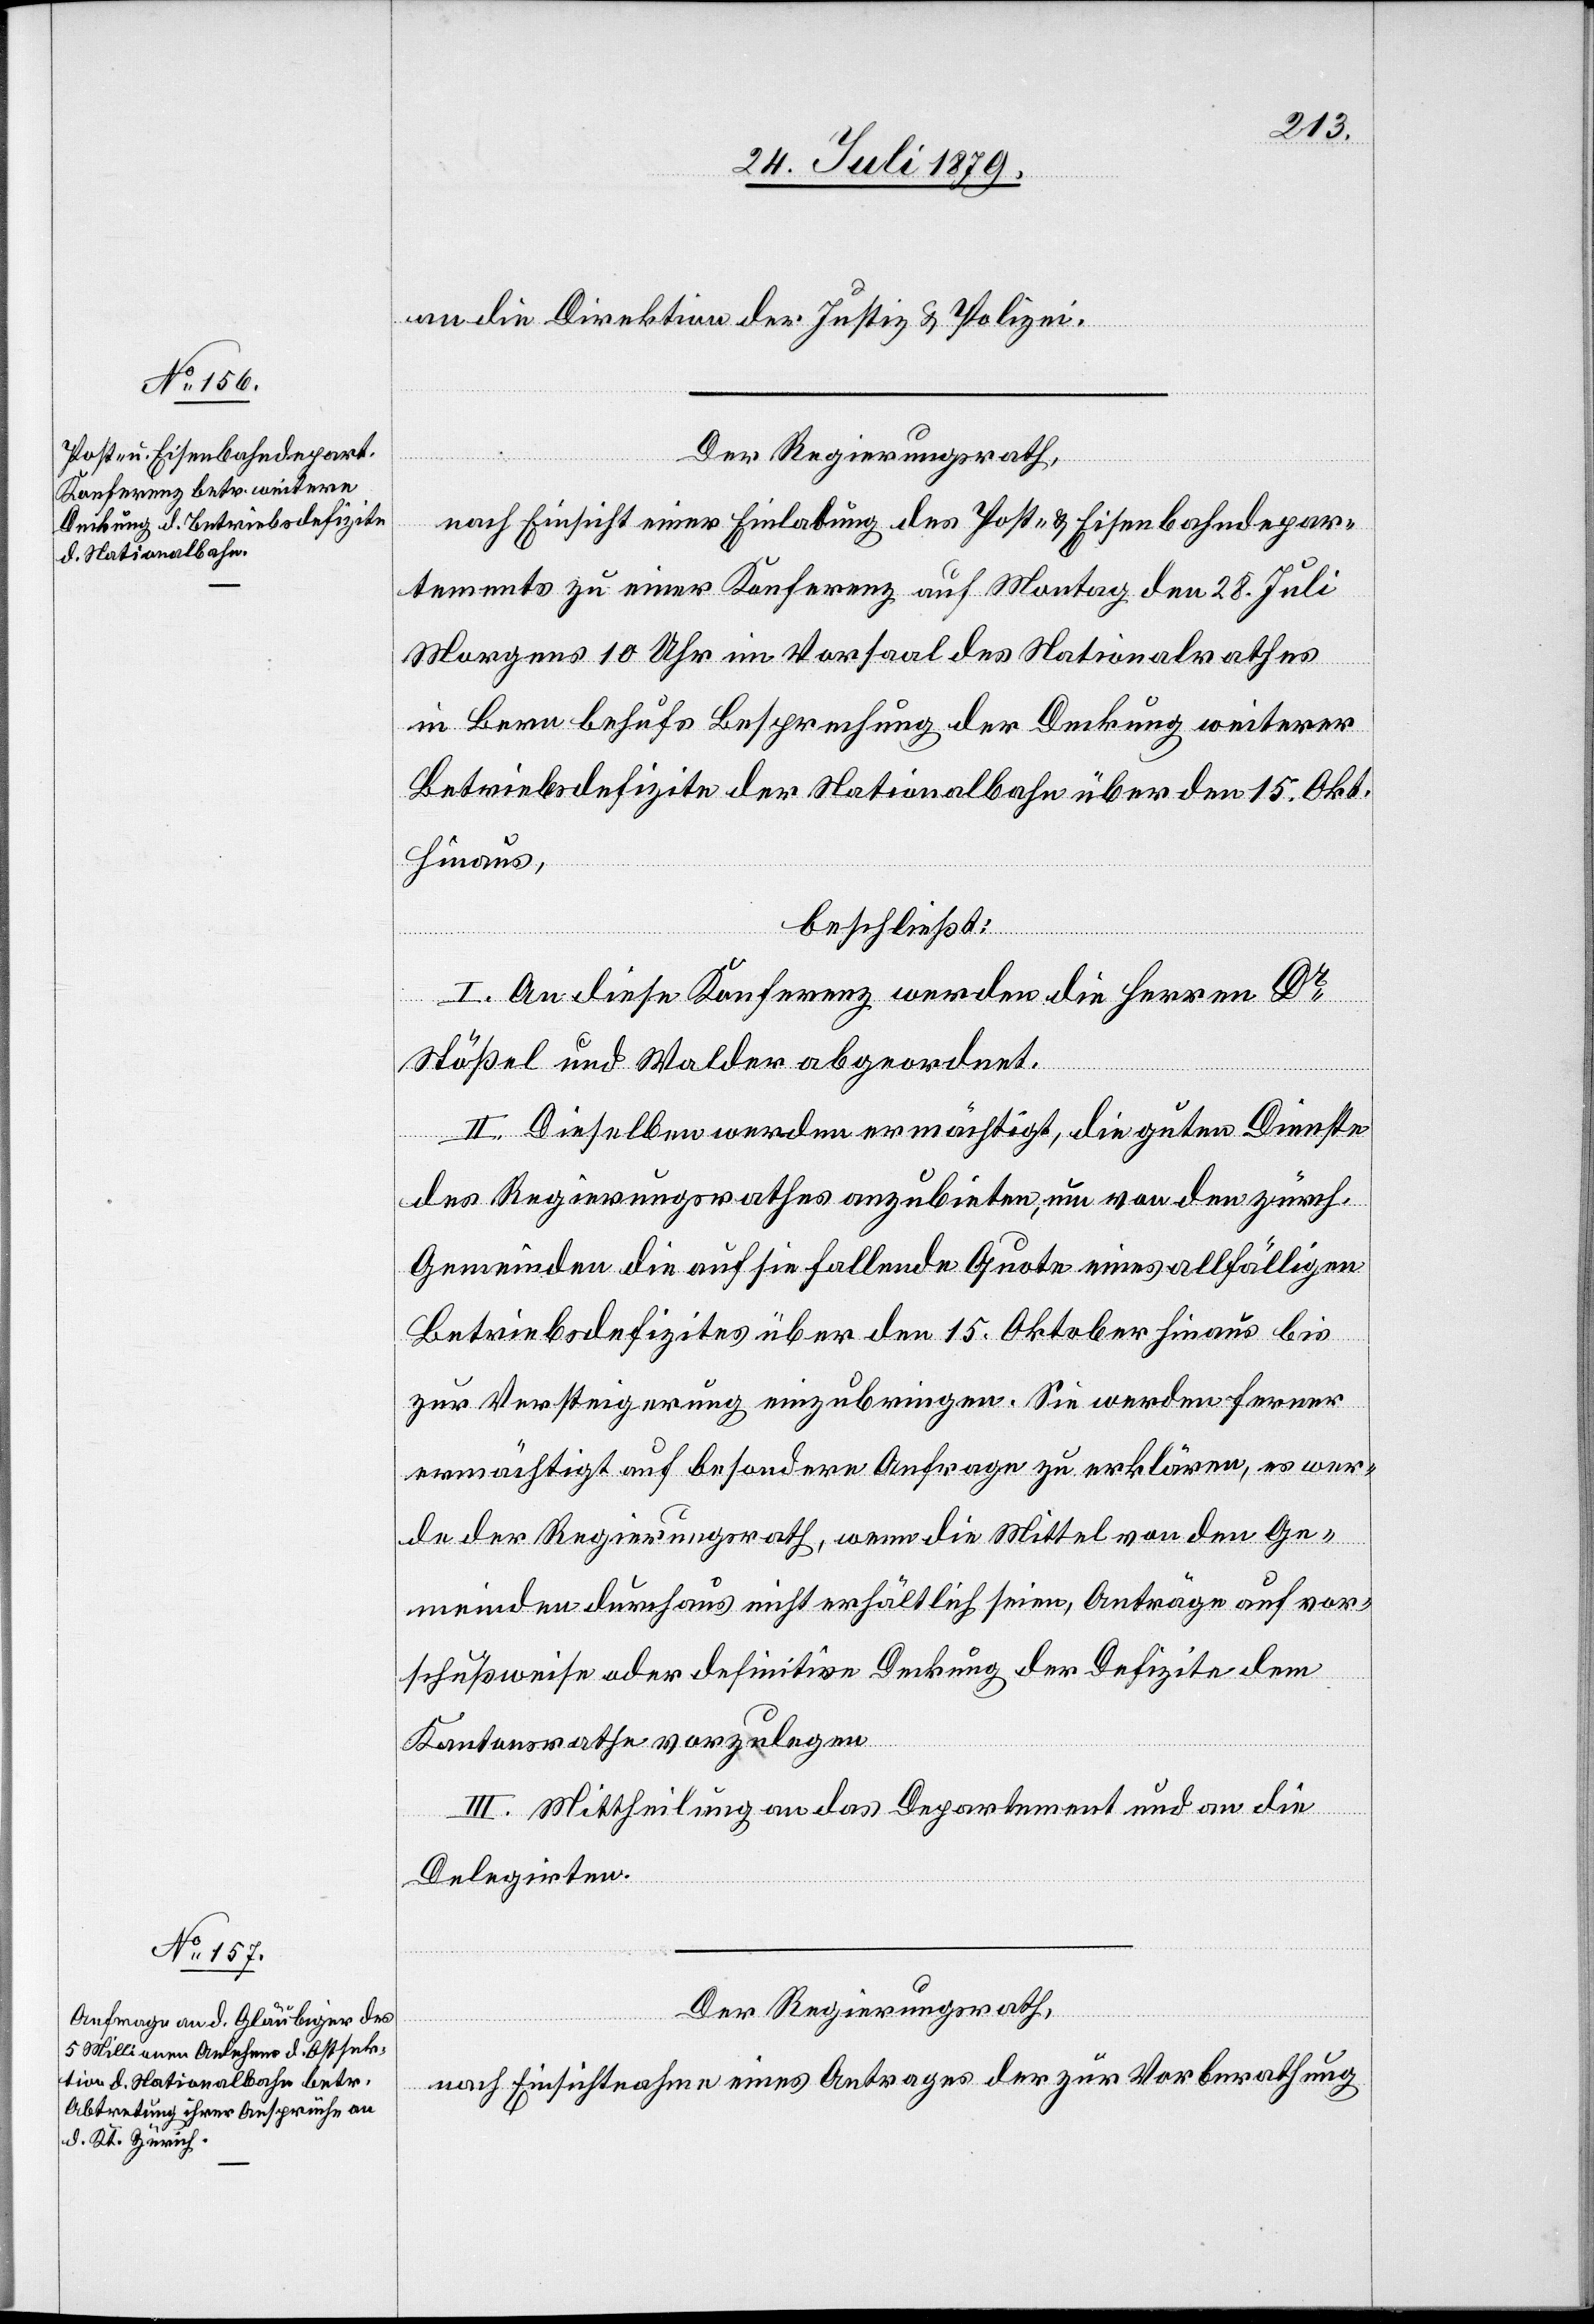
an die Direktion der Justiz & Polizei.
Der Regierungsrath,
nach Einsicht einer Einladung des Post- & Eisenbahndepar¬
tements zu einer Konferenz auf Montag den 28. Juli
Morgens 10 Uhr im Vorsaal des Nationalrathes
in Bern behufs Besprechung der Deckung weiterer
Betriebsdefizite der Nationalbahn über den 15. Okt.
hinaus,
beschließt:
I. An diese Konferenz werden die Herren Dr
Stößel und Walder abgeordnet.
II. Dieselben werden ermächtigt, die guten Dienste
des Regierungsrathes anzubieten, um von den zürch.
Gemeinden die auf sie fallende Quote eines allfälligen
Betriebsdefizites über den 15. Oktober hinaus bis
zur Versteigerung einzubringen. Sie werden ferner
ermächtigt auf besondere Anfrage zu erklären, es wer¬
de der Regierungsrath, wenn die Mittel an den Ge¬
meinden durchaus nicht erhältlich seien, Anträge auf vor¬
schußweise oder definitive Deckung der Defizite dem
Kantonsrathe vorzulegen.
III. Mittheilung an das Departement und an die
Delegirten.
Der Regierungsrath,
nach Einsichtnahme eines Antrages der zur Vorberathung